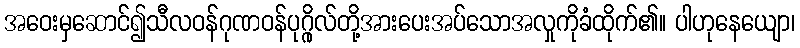
အဝေးမှဆောင်၍သီလဝန်ဂုဏဝန်ပုဂ္ဂိုလ်တို့အားပေးအပ်သောအလှုကိုခံထိုက်၏။ ပါဟုနေယျော၊